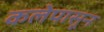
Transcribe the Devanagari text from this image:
कलेपासून